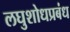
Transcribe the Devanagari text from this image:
लघुशोधप्रबंध